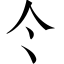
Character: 仒